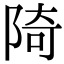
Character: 陭